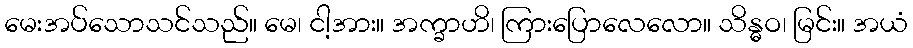
မေးအပ်သောသင်သည်။ မေ၊ ငါ့အား။ အက္ခာဟိ၊ ကြားပြောလေလော။ သိန္ဓဝ၊ မြင်း။ အယံ